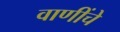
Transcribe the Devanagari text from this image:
वाणींचे